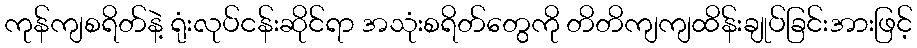
ကုန်ကျစရိတ်နဲ့ ရုံးလုပ်ငန်းဆိုင်ရာ အသုံးစရိတ်တွေကို တိတိကျကျထိန်းချုပ်ခြင်းအားဖြင့်